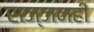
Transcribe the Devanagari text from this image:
सज्जनही